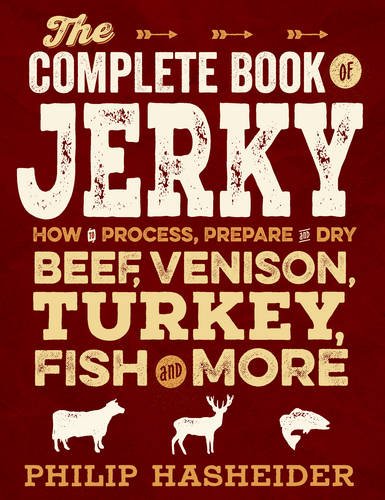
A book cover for The Complete Book of Jerky: How to Process, Prepare, and Dry Beef, Venison, Turkey, Fish, and More (Complete Meat); Philip Hasheider; Cookbooks, Food & Wine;